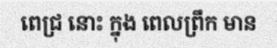
ពេជ្រ នោះ ក្នុង ពេលព្រឹក មាន